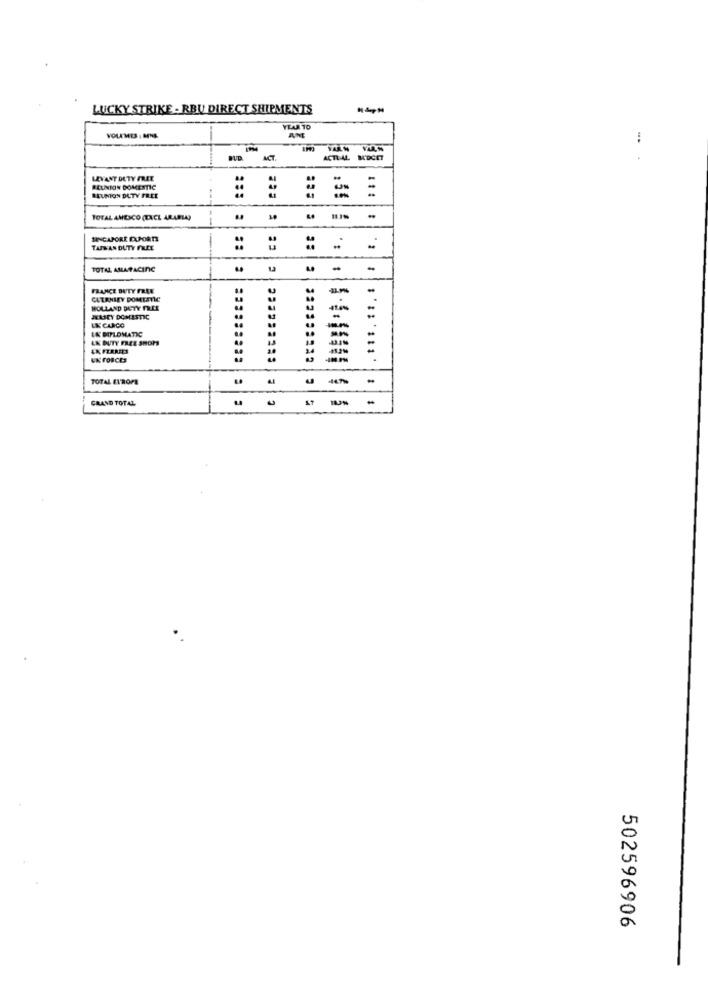
LUCKY STRIKE - RBU DIRECT SHIPMENTS
YEAR TO
VOLUMES : MNS.
:
VAR W
ACT
ACTUAL
M'OCET
LEVANT DUTY FREE
REUNION DOMESTIC
REUNION DUTY FREE
TOTAL AMEICO (EXCL ARABLA)
SINGAPORE DUPORTS
TAIWAN DUTY FREE
TOTAL AMAFACING
-
FRANCE BUTY FRAN
: -
CUTANEEY DOMESTIC
HOLLAND DUTY FREE
LK CLRCO
IK DIPLOMATIC
-
LK DUTY FREE SHOPS
- -
-
UK FORCES
TOTAL ETROPE
-- -
GRAND TOTAL
502596906